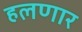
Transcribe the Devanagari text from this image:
हलणार